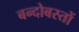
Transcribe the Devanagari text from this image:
बन्दोबस्तों